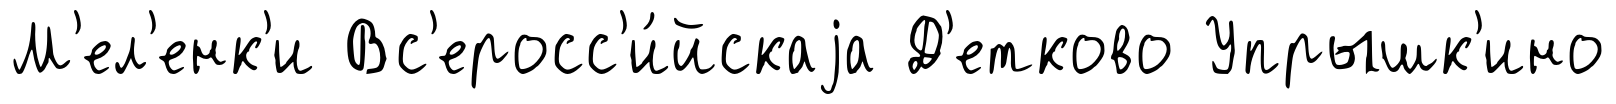
М'ел'енк'и Вс'еросс'и́йскаjа Д'етково Упрышк'ино